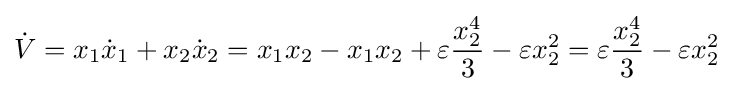
{\dot {V}}=x_{1}{\dot {x}}_{1}+x_{2}{\dot {x}}_{2}=x_{1}x_{2}-x_{1}x_{2}+\varepsilon {\frac {x_{2}^{4}}{3}}-\varepsilon {x_{2}^{2}}=\varepsilon {\frac {x_{2}^{4}}{3}}-\varepsilon {x_{2}^{2}}